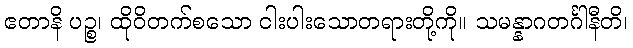
ဧတာနိ ပဉ္စ၊ ထိုဝိတက်စသော ငါးပါးသောတရားတို့ကို။ သမန္နာဂတင်္ဂါနီတိ၊